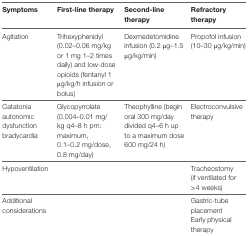
<table><thead><tr><td><b>Symptoms</b></td><td><b>First-line therapy</b></td><td><b>Second-line therapy</b></td><td><b>Refractory therapy</b></td></tr></thead><tbody><tr><td>Agitation</td><td>Trihexyphenidyl (0.02–0.06 mg/kg or 1 mg 1–2 times daily) and low-dose opioids (fentanyl 1 μg/kg/h infusion or bolus)</td><td>Dexmedetomidine infusion (0.2 μg–1.5 μg/kg/min)</td><td>Propofol infusion (10–30 μg/kg/min)</td></tr><tr><td>Catatonia autonomic dysfunction bradycardia</td><td>Glycopyrrolate (0.004–0.01 mg/kg q4–8 h prn: maximum, 0.1–0.2 mg/dose, 0.8 mg/day)</td><td>Theophylline (begin oral 300 mg/day divided q4–6 h up to a maximum dose 600 mg/24 h)</td><td>Electroconvulsive therapy</td></tr><tr><td>Hypoventilation</td><td></td><td></td><td>Tracheostomy (if ventilated for &gt;4 weeks)</td></tr><tr><td rowspan="2">Additional considerations</td><td rowspan="2"></td><td rowspan="2"></td><td>Gastric-tube placement</td></tr><tr><td>Early physical therapy</td></tr></tbody></table>